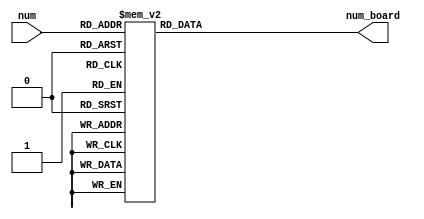
module NumToGridDecoder(num, num_board);
    input [3:0] num;
    output reg [14:0] num_board;
    always @(*) begin
        case (num)
            4'h0: num_board = 15'b111101101101111;
            4'h1: num_board = 15'b010010010010010;
            4'h2: num_board = 15'b111001111100111;
            4'h3: num_board = 15'b111001111001111;
            4'h4: num_board = 15'b101101111001001;
            4'h5: num_board = 15'b111100111001111;
            4'h6: num_board = 15'b111100111101111;
            4'h7: num_board = 15'b111001010010010;
            4'h8: num_board = 15'b111101111101111;
            4'h9: num_board = 15'b111101111001001;
            4'hA: num_board = 15'b111101111101101;
            4'hB: num_board = 15'b100100111101111;
            4'hC: num_board = 15'b111100100100111;
            4'hD: num_board = 15'b001001111101111;
            4'hE: num_board = 15'b111100111100111;
            4'hF: num_board = 15'b111100111100100;
            default: num_board = 15'b111101101101111;
        endcase
    end
endmodule